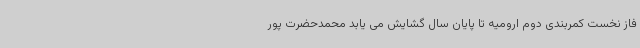
فاز نخست کمربندی دوم ارومیه تا پایان سال گشایش می یابد محمدحضرت پور